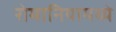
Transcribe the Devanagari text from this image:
रोमानियामध्ये